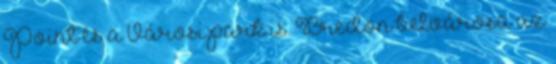
Point és a Városi park is. Bredon belvárosa az